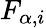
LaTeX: F_{\alpha,i}